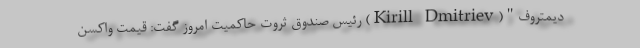
دیمتروف"(Kirill Dmitriev) رئیس صندوق ثروت حاکمیت امروز گفت: قیمت واکسن